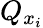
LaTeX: Q_{x_{i}}